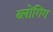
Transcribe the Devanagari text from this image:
ब्लोंगिंग